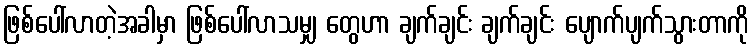
ဖြစ်ပေါ်လာတဲ့အခါမှာ ဖြစ်ပေါ်လာသမျှ တွေဟာ ချက်ချင်း ချက်ချင်း ပျောက်ပျက်သွားတာကို